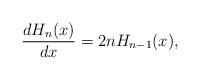
LaTeX: \begin{align*}\frac{dH_n(x)}{dx}=2nH_{n-1}(x),\end{align*}